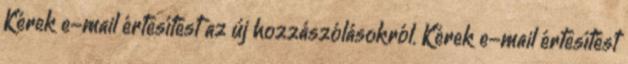
Kérek e-mail értesítést az új hozzászólásokról. Kérek e-mail értesítést